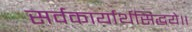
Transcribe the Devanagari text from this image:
सर्वकार्यार्थसिद्धये॥